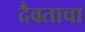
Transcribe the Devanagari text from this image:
दैवताचा